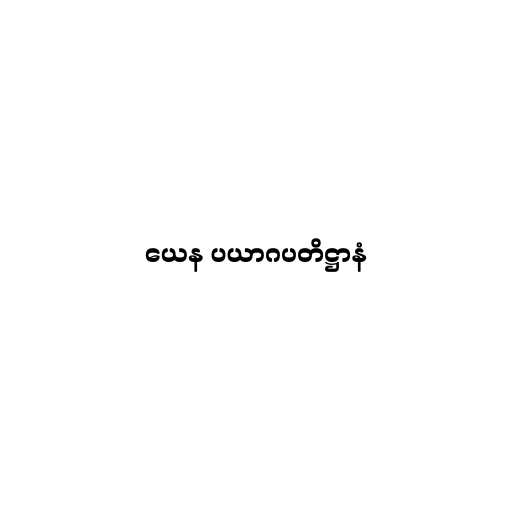
ယေန ပယာဂပတိဋ္ဌာနံ